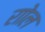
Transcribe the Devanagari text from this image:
राोल